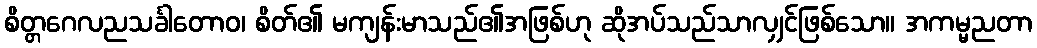
စိတ္တဂေလညသင်္ခါတောဝ၊ စိတ်၏ မကျန်းမာသည်၏အဖြစ်ဟု ဆိုအပ်သည်သာလျှင်ဖြစ်သော။ အကမ္မညတာ